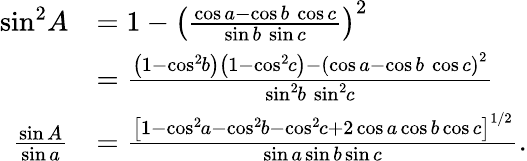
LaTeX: {\begin{array}{rl}{\sin^{2}\! A}&{=1-\left({\frac{\cos a-\cos b\, \cos c}{\sin b\, \sin c}}\right)^{2}}\\ &{={\frac{\left(1-\cos^{2}\! b\right)\left(1-\cos^{2}\! c\right)-\left(\cos a-\cos b\, \cos c\right)^{2}}{\sin^{2}\! b\, \sin^{2}\! c}}}\\ {{\frac{\sin A}{\sin a}}}&{={\frac{\left[1-\cos^{2}\! a-\cos^{2}\! b-\cos^{2}\! c+2\cos a\cos b\cos c\right]^{1/2}}{\sin a\sin b\sin c}}.}\end{array}}